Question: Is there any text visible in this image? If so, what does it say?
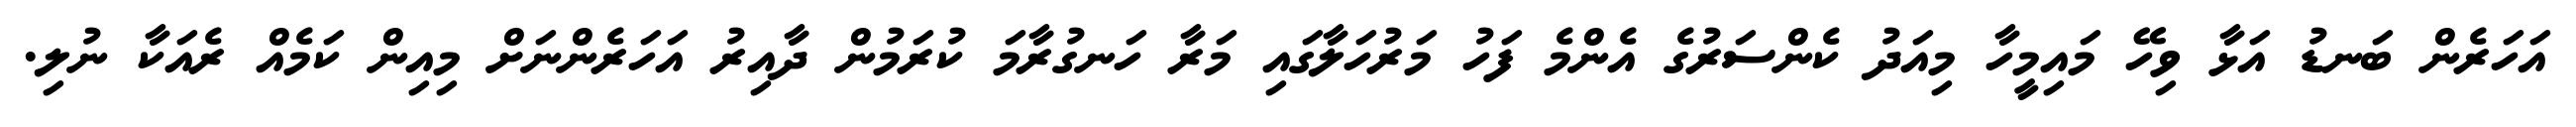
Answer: އަހަރެން ބަނޑު އަޅާ ވިހޭ މައިމީހާ މިއަދު ކެންސަރުގެ އެންމެ ފަހު މަރުހަލާގައި މަރާ ހަނގުރާމަ ކުރަމުން ދާއިރު އަހަރެންނަށް މިއިން ކަމެއް ރެއަކާ ނުލި.